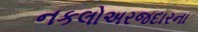
નકલોઅરજદારના